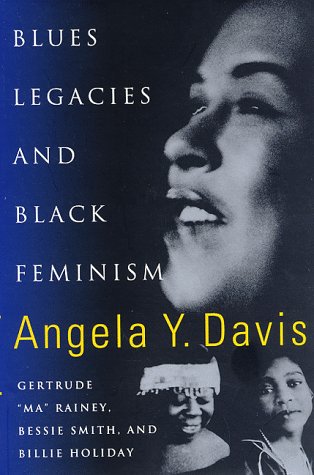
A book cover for Blues Legacies and Black Feminism: Gertrude "Ma" Rainey, Bessie Smith, and Billie Holiday; Angela Y. Davis; Politics & Social Sciences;